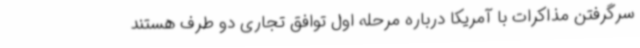
سرگرفتن مذاکرات با آمریکا درباره مرحله اول توافق تجاری دو طرف هستند